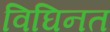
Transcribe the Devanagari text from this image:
विघिनत